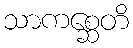
သာကစ္ဆေတိ